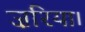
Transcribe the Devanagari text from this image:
ज़रिया।